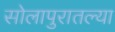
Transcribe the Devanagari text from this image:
सोलापुरातल्या